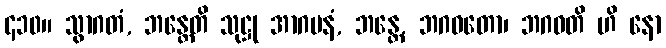
၄၁၀။ သွာဂတံ, ဘန္တေတိ သုဋ္ဌု အာဂမနံ, ဘန္တေ, ဘဂဝတော၊ ဘဂဝတိ ဟိ နော